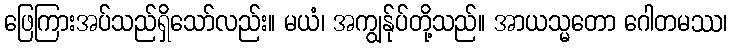
ဖြေကြားအပ်သည်ရှိသော်လည်း။ မယံ၊ အကျွန်ုပ်တို့သည်။ အာယသ္မတော ဂေါတမဿ၊